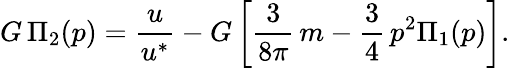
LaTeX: G\, \Pi_{2}(p)=\frac{u}{u^{*}}-G\left[\frac{3}{8\pi}\, m-\frac{3}{4}\, p^{2}\Pi_{1}(p)\right].